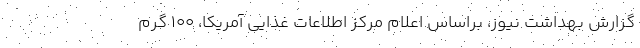
گزارش بهداشت نیوز، براساس اعلام مرکز اطلاعات غذایی آمریکا، ۱۰۰ گرم